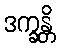
ဒက္ခန္တိ